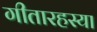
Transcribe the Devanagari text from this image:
गीतारहस्या